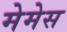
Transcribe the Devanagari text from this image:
मेमेस